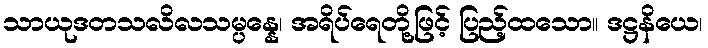
သာယုဒတသလိလသမ္ပန္နေ၊ အရိပ်ရေတို့ဖြင့် ပြည့်ထသော။ ဒဋ္ဌနိယေ၊